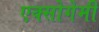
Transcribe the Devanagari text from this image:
एक्सोगेमी